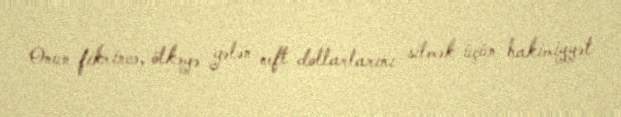
Onun fikrincə, ölkəyə gələn neft dollarlarını silmək üçün hakimiyyət